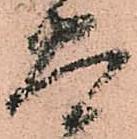
大